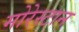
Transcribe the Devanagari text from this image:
मोरेस्टान